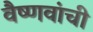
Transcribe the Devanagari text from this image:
वैष्णवांची